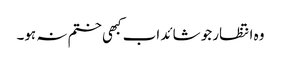
وہ انتظار جو شائد اب کبھی ختم نہ ہو۔